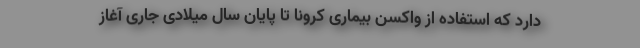
دارد که استفاده از واکسن بیماری کرونا تا پایان سال میلادی جاری آغاز